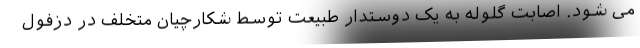
می شود. اصابت گلوله به یک دوستدار طبیعت توسط شکارچیان متخلف در دزفول